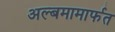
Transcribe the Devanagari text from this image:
अल्बमामार्फत